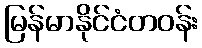
မြန်မာနိုင်ငံတဝန်း